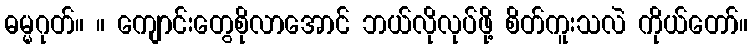
ဓမ္မဂုတ်။ ။ ကျောင်းတွေစိုလာအောင် ဘယ်လိုလုပ်ဖို့ စိတ်ကူးသလဲ ကိုယ်တော်။